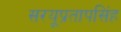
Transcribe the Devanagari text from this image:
सरयूप्रतापसिंह